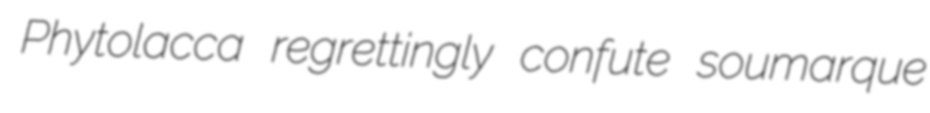
Phytolacca regrettingly confute soumarque